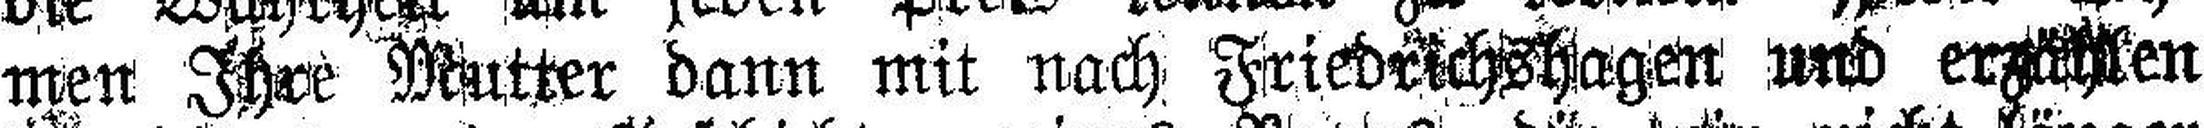
men Ihre Mutter dann mit nach Friedrichshagen und erzählen